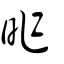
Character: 昨